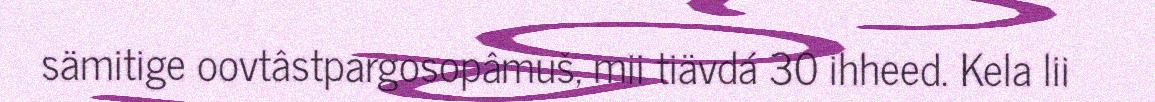
sämitige oovtâstpargosopâmuš, mii tiävdá 30 ihheed. Kela lii